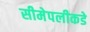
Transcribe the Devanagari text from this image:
सीमेपलीकडे